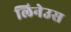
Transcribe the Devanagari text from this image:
लिनेउस